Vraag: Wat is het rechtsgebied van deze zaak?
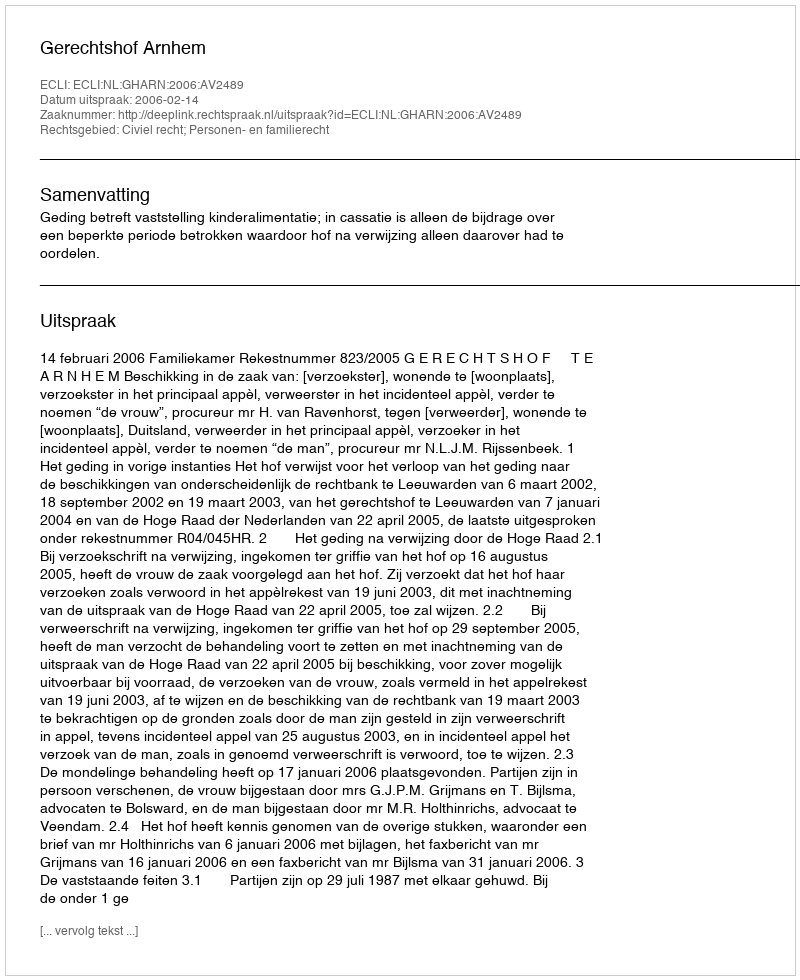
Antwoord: Civiel recht; Personen- en familierecht